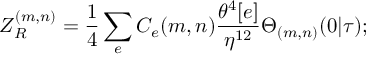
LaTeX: Z _ { R } ^ { ( m , n ) } = \frac { 1 } { 4 } \sum _ { e } C _ { e } ( m , n ) \frac { \theta ^ { 4 } [ e ] } { \eta ^ { 1 2 } } \Theta _ { ( m , n ) } ( 0 | \tau ) ;